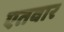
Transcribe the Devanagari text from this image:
एतवार